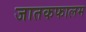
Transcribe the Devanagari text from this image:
जातकफालम